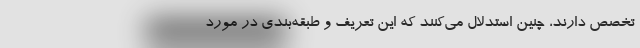
تخصص دارند، چنین استدلال می‌کنند که این تعریف و طبقه‌بندی در مورد